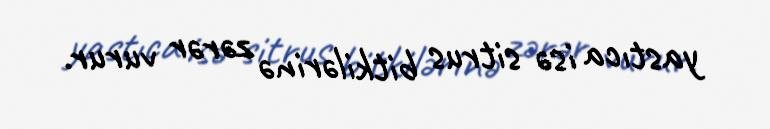
yastıca isə sitrus bitkilərinə zərər vurur.